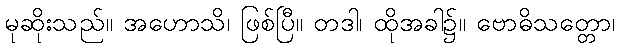
မုဆိုးသည်။ အဟောသိ၊ ဖြစ်ပြီ။ တဒါ၊ ထိုအခါ၌။ ဗောဓိသတ္တော၊